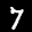
Label: 7